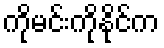
ကိုမင်းကိုနိုင်က